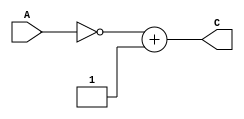
`define NumBits 16

module TCPModule(
    A,
    C
);

input wire [`NumBits - 1 : 0] A;

output wire [`NumBits - 1 : 0] C;

assign C=~A+1;

endmodule


module SHLModule(
    A,
    C
);

input wire [`NumBits - 1 : 0] A;
output wire [`NumBits - 1 : 0] C;

assign C=(A<<<1);

endmodule


module SHRModule(
    A,
    C
);

input wire [`NumBits - 1 : 0] A;
output wire [`NumBits - 1 : 0] C;

assign C=($signed(A) >>> 1);

endmodule